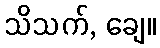
သိသက်, ချေ။